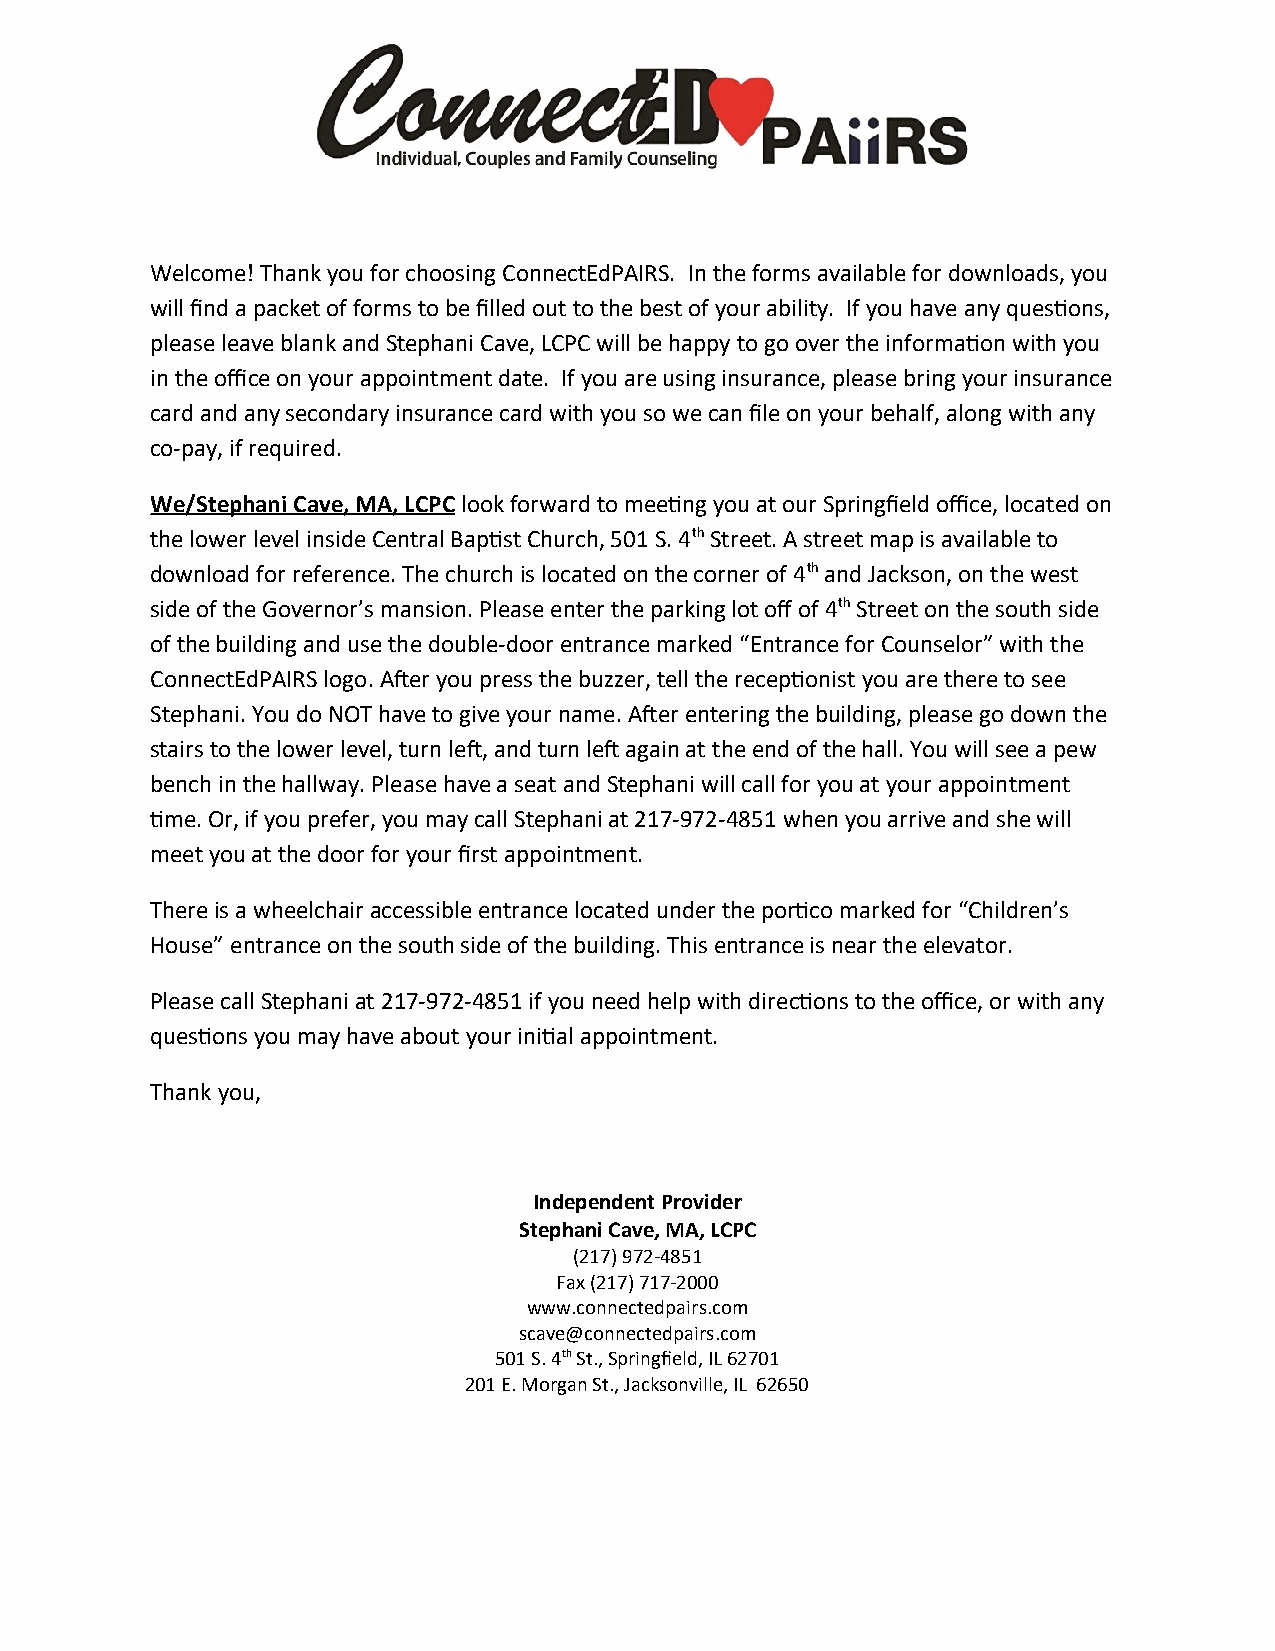
Welcome! Thank you for choosing ConnectEdPAIRS. In the forms available for downloads, you
 will find a packet of forms to be filled out to the best of your ability. If you have any questions,
 please leave blank and Stephani Cave, LCPC will be happy to go over the information with you
 in the office on your appointment date. If you are using insurance, please bring your insurance
 card and any secondary insurance card with you so we can file on your behalf, along with any
 co-pay, if required.
 We/Stephani Cave, MA, LCPC look forward to meeting you at our Springfield office, located on
 the lower level inside Central Baptist Church, 501 S. 4th Street. A street map is available to
 download for reference. The church is located on the corner of 4th and Jackson, on the west
 side of the Governor’s mansion. Please enter the parking lot off of 4th Street on the south side
 of the building and use the double-door entrance marked “Entrance for Counselor” with the
 ConnectEdPAIRS logo. After you press the buzzer, tell the receptionist you are there to see
 Stephani. You do NOT have to give your name. After entering the building, please go down the
 stairs to the lower level, turn left, and turn left again at the end of the hall. You will see a pew
 bench in the hallway. Please have a seat and Stephani will call for you at your appointment
 time. Or, if you prefer, you may call Stephani at 217-972-4851 when you arrive and she will
 meet you at the door for your first appointment.
 There is a wheelchair accessible entrance located under the portico marked for “Children’s
 House” entrance on the south side of the building. This entrance is near the elevator.
 Please call Stephani at 217-972-4851 if you need help with directions to the office, or with any
 questions you may have about your initial appointment.
 Thank you,
 Independent Provider
 Stephani Cave, MA, LCPC
 (217) 972-4851
 Fax (217) 717-2000
 www.connectedpairs.com
 scave@connectedpairs.com
 501 S. 4th St., Springfield, IL 62701
 201 E. Morgan St., Jacksonville, IL 62650